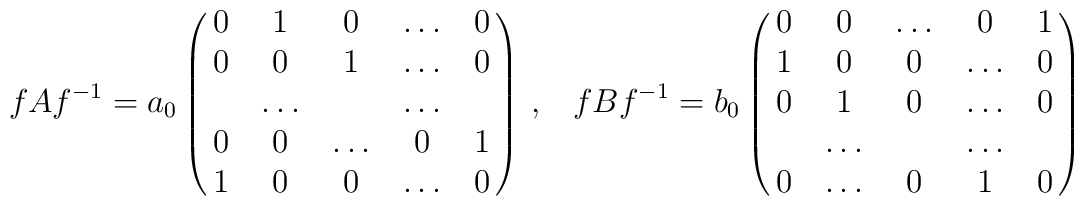
fAf^{-1}=a_0\left(\matrix{0 & 1 & 0 & \ldots & 0\cr0 & 0 & 1 & \ldots & 0\cr  & \ldots  & & \dots  &  \cr0 & 0  &  \dots & 0 & 1 \cr1 & 0 & 0 & \dots & 0 \cr}\right)\, ,  \hskip 10ptfBf^{-1}=b_0\left(\matrix{0 & 0  &  \dots & 0 & 1 \cr1 & 0 & 0 & \dots & 0 \cr0 & 1 & 0 & \ldots & 0\cr  & \ldots  & & \dots  &  \cr0 & \ldots & 0 & 1 & 0\cr}\right)